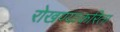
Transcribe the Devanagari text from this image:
रोखण्याकरिता